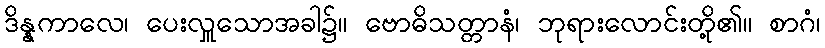
ဒိန္နကာလေ၊ ပေးလှူသောအခါ၌။ ဗောဓိသတ္တာနံ၊ ဘုရားလောင်းတို့၏။ စာဂံ၊